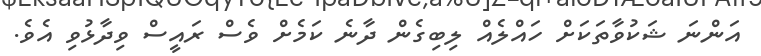
އަންނަ ޝަކުވާތަކަށް ހައްލެއް ލިބިގެން ދާނެ ކަމެށް ވެސް ރައީސް ވިދާޅުވި އެވެ.